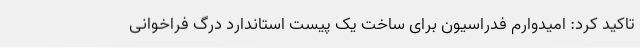
تاکید کرد: امیدوارم فدراسیون برای ساخت یک پیست استاندارد درگ فراخوانی